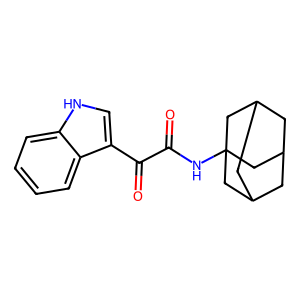
SMILES: O=C(NC12CC3CC(CC(C3)C1)C2)C(=O)c1c[nH]c2ccccc12
Inhibits HIV replication: No